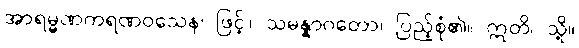
အာရမ္မဏကရဏဝသေန၊ ဖြင့်။ သမန္နာဂတော၊ ပြည့်စုံ၏။ ဣတိ၊ သို့။